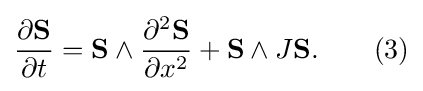
{\frac {\partial \mathbf {S} }{\partial t}}=\mathbf {S} \wedge {\frac {\partial ^{2}\mathbf {S} }{\partial x^{2}}}+\mathbf {S} \wedge J\mathbf {S} .\qquad (3)